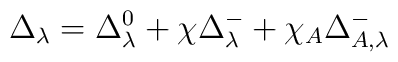
\Delta_{\lambda} = \Delta_{\lambda}^0 + \chi \Delta_{\lambda}^- + \chi_A \Delta_{A, \lambda}^-